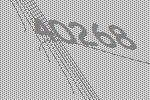
40268